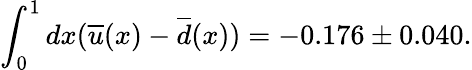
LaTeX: \int_{0}^{1}dx(\overline{{{u}}}(x)-\overline{{{d}}}(x))=-0.176\pm 0.040.